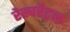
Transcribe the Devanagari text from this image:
रेस्वरैट्रल